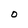
Character: O